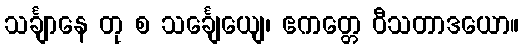
သင်္ချာနေ တု စ သင်္ချေယျေ၊ ဧကတ္တေ ဝီသတာဒယော။